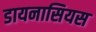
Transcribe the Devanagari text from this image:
डायनासियस